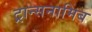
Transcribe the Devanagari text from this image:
ट्रान्सनामिब